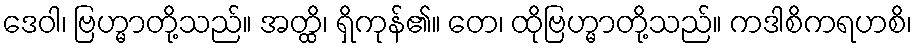
ဒေဝါ၊ ဗြဟ္မာတို့သည်။ အတ္ထိ၊ ရှိကုန်၏။ တေ၊ ထိုဗြဟ္မာတို့သည်။ ကဒါစိကရဟစိ၊